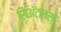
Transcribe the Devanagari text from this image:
सिॲटलस्